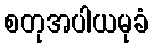
စတုအပါယမုခံ